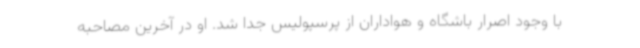
با وجود اصرار باشگاه و هواداران از پرسپولیس جدا شد. او در آخرین مصاحبه